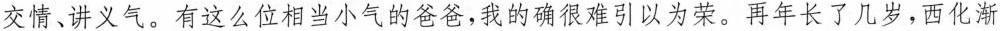
交情、讲义气，有这么他相当小气的爸，我的确很难引以为荣，再年长了几岁，西化渐